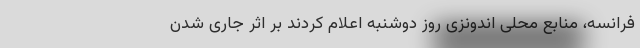
فرانسه، منابع محلی اندونزی روز دوشنبه اعلام کردند بر اثر جاری شدن